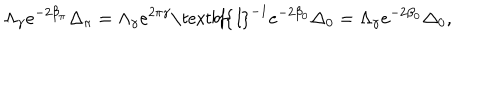
\Lambda _ { \gamma } e ^ { - 2 \beta _ { \pi } } \Delta _ { \pi } = \Lambda _ { \gamma } e ^ { 2 \pi \gamma } \textit { \textbf { I } } ^ { - 1 } e ^ { - 2 \beta _ { 0 } } \Delta _ { 0 } = \Lambda _ { \gamma } e ^ { - 2 \beta _ { 0 } } \Delta _ { 0 } ,